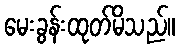
မေးခွန်းထုတ်မိသည်။